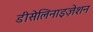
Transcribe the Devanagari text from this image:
डीसेलिनाइज़ेशन